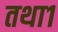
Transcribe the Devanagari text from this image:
तथा१